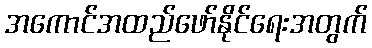
အကောင်အထည်ဖော်နိုင်ရေးအတွက်